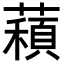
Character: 𦿽